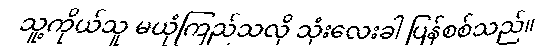
သူ့ကိုယ်သူ မယုံကြည်သလို သုံးလေးခါ ပြန်စစ်သည်။